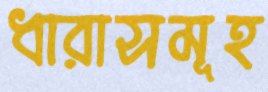
ধারাসমূহ